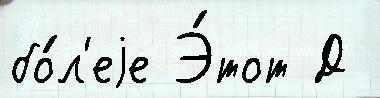
бо́л'еjе Э́тот Д